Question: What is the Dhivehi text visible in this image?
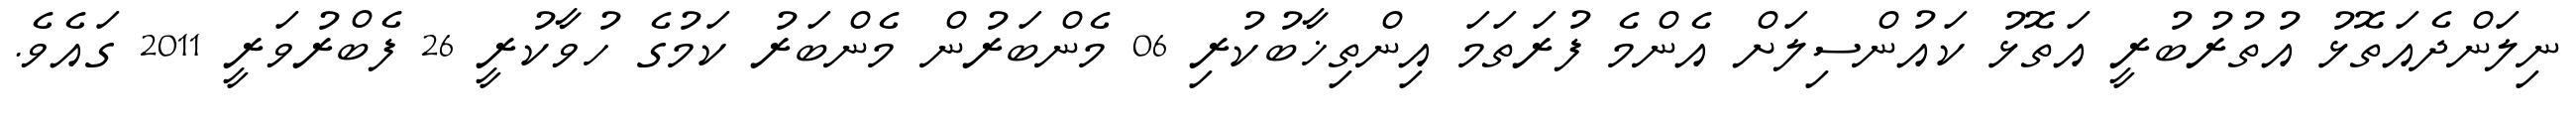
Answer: ނިލަންދެއަތޮޅު އުތުރުބުރީ އަތޮޅު ކައުންސިލަށް އެންމެ ފުރަތަމަ އިންތިޚާބުކުރި 06 މެންބަރުން މެންބަރު ކަމުގެ ހުވާކުރީ 26 ފެބްރުވަރީ 2011 ގައެވެ.